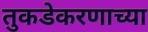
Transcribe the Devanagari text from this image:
तुकडेकरणाच्या